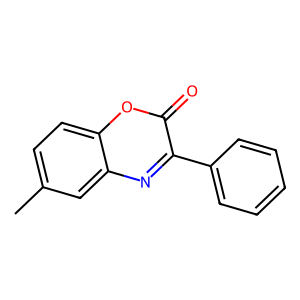
SMILES: Cc1ccc2oc(=O)c(-c3ccccc3)nc2c1
Inhibits HIV replication: No